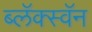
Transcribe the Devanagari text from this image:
ब्लॅक्स्वॅन